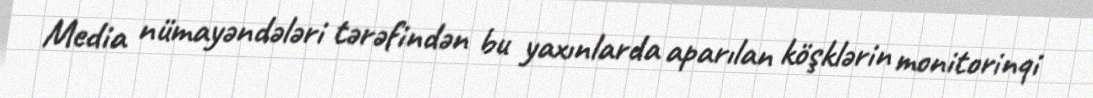
Media nümayəndələri tərəfindən bu yaxınlarda aparılan köşklərin monitorinqi